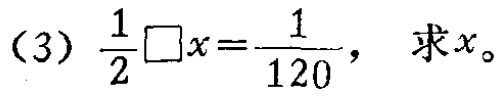
frac{1}{2}\square x = \frac{1}{120}\)，求\(x\)。